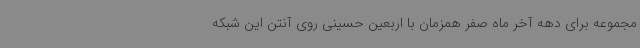
مجموعه برای دهه آخر ماه صفر همزمان با اربعین حسینی روی آنتن این شبکه